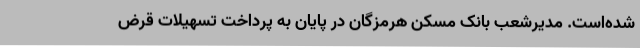
شده‌است. مدیرشعب بانک مسکن هرمزگان در پایان به پرداخت تسهیلات قرض